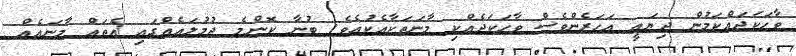
ވާހަކަދައްކަމުން ދިޔައީ އަހަރެންވެސް ވާހަކަދެއްކި މާނަތަކާއެކުއެވެ. ބުނާ ކޮންމެ ޖުމުލައެއްގައި އެތައް މާނައެއް